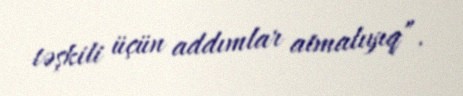
təşkili üçün addımlar atmalıyıq”.